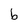
Character: b